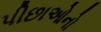
પીછાઓનો